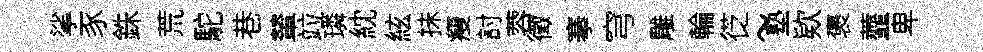
挲豕銖荒駝巷輦竝璘紞絃抺瘦討蓉徵搴穹雕輪徔~塾欵褒虀卑